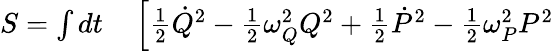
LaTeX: \begin{array}{rl}{S=\int dt}&{{}\left[\frac{1}{2}\dot{Q}^{2}-\frac{1}{2}\omega_{Q}^{2}Q^{2}+\frac{1}{2}\dot{P}^{2}-\frac{1}{2}\omega_{P}^{2}P^{2}\right.}\end{array}